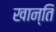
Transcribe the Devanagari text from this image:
खान्ति